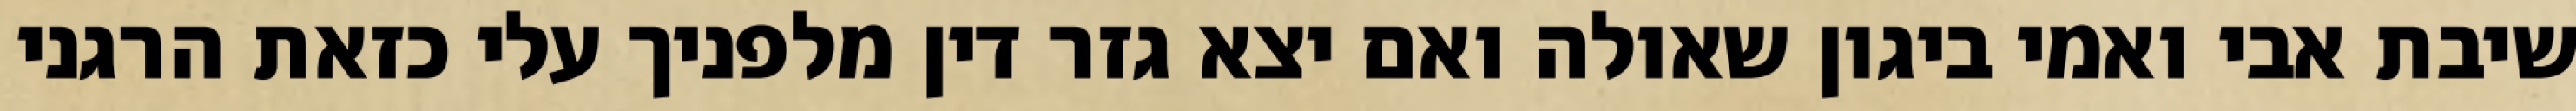
שיבת אבי ואמי ביגון שאולה ואם יצא גזר דין מלפניך עלי כזאת הרגני